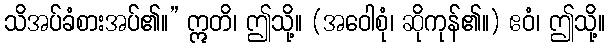
သိအပ်ခံစားအပ်၏။” ဣတိ၊ ဤသို့။ (အဝေါစုံ၊ ဆိုကုန်၏။) ဧဝံ၊ ဤသို့။